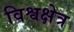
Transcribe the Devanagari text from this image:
विश्वक्षेत्र